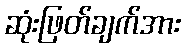
ဆုံးဖြတ်ချက်အား